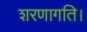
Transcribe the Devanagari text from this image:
शरणागति।